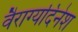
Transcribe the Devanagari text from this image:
वैराग्यदिनेश